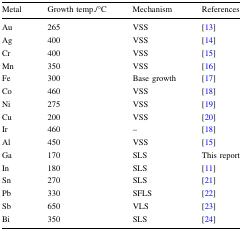
<table><thead><tr><td><b>Metal</b></td><td><b>Growth temp./°C</b></td><td><b>Mechanism</b></td><td><b>References</b></td></tr></thead><tbody><tr><td>Au</td><td>265</td><td>VSS</td><td>[13]</td></tr><tr><td>Ag</td><td>400</td><td>VSS</td><td>[14]</td></tr><tr><td>Cr</td><td>400</td><td>VSS</td><td>[15]</td></tr><tr><td>Mn</td><td>350</td><td>VSS</td><td>[16]</td></tr><tr><td>Fe</td><td>300</td><td>Base growth</td><td>[17]</td></tr><tr><td>Co</td><td>460</td><td>VSS</td><td>[18]</td></tr><tr><td>Ni</td><td>275</td><td>VSS</td><td>[19]</td></tr><tr><td>Cu</td><td>200</td><td>VSS</td><td>[20]</td></tr><tr><td>Ir</td><td>460</td><td>–</td><td>[18]</td></tr><tr><td>Al</td><td>450</td><td>VSS</td><td>[15]</td></tr><tr><td>Ga</td><td>170</td><td>SLS</td><td>This report</td></tr><tr><td>In</td><td>180</td><td>SLS</td><td>[11]</td></tr><tr><td>Sn</td><td>270</td><td>SLS</td><td>[21]</td></tr><tr><td>Pb</td><td>330</td><td>SFLS</td><td>[22]</td></tr><tr><td>Sb</td><td>650</td><td>VLS</td><td>[23]</td></tr><tr><td>Bi</td><td>350</td><td>SLS</td><td>[24]</td></tr></tbody></table>